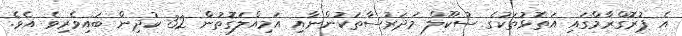
އެ ޕުރޮގްރާމްގައި އަތޮޅުތަކުގެ ސުކޫލް މަދަރުސާތަކުންނާއި އަމިއްލަގޮތުން 32 ކުދިން ބައިވެރިވެ އެވެ.